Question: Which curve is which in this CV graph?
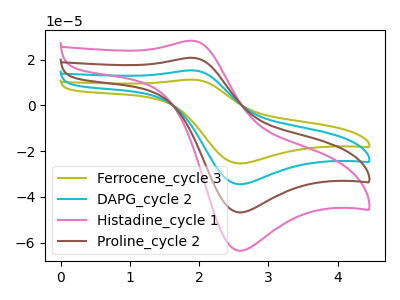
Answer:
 <answer>The olive curve is labeled "Ferrocene_cycle 3". The cyan curve is labeled "DAPG_cycle 2". The pink curve is labeled "Histadine_cycle 1". The brown curve is labeled "Proline_cycle 2".</answer>
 <eval></eval>